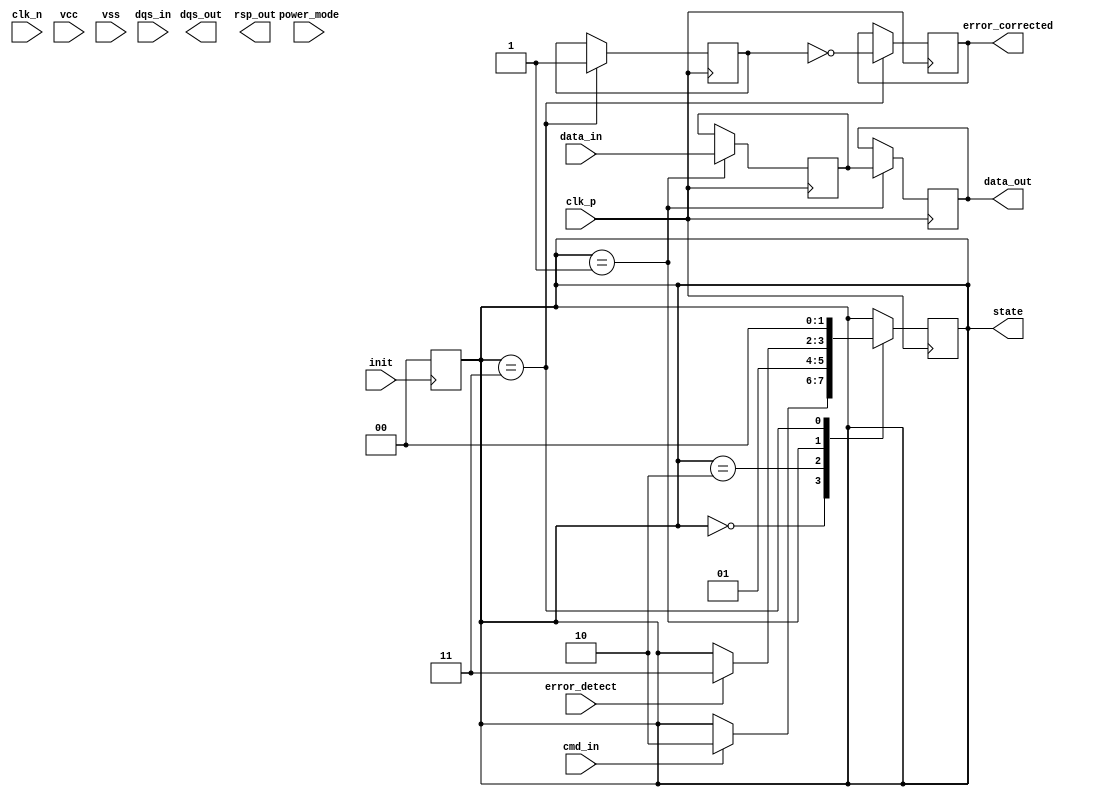
module ufs_io_block (
    input  wire [3:0] data_in,      // D0-D3 data input
    output wire [3:0] data_out,     // D0-D3 data output
    input  wire dqs_in,             // Data Strobe input
    output wire dqs_out,            // Data Strobe output
    input  wire cmd_in,             // Command input
    output wire rsp_out,            // Response output
    input  wire clk_p,              // Clock positive input
    input  wire clk_n,              // Clock negative input
    input  wire vcc,                // Power supply
    input  wire vss,                // Ground reference
    input  wire init,               // Initialization signal
    input  wire power_mode,         // Power management signal
    input  wire error_detect,       // Error detection signal
    output wire error_corrected,     // Error correction signal
    output reg [1:0] state          // State of the state machine
);

    // State definitions
    localparam IDLE              = 2'b00;
    localparam DATA_TRANSFER     = 2'b01;
    localparam CMD_PROCESSING    = 2'b10;
    localparam ERROR_HANDLING     = 2'b11;

    // Internal signals
    reg [3:0] data_buffer;
    reg error_flag;

    // Initialization process
    always @(posedge init) begin
        state <= IDLE;
        // Additional initialization logic
    end

    // State machine for operation control
    always @(posedge clk_p) begin
        case (state)
            IDLE: begin
                if (cmd_in) begin
                    state <= CMD_PROCESSING;
                end
            end
            CMD_PROCESSING: begin
                // Process command and set state accordingly
                // Placeholder for command processing logic
                state <= DATA_TRANSFER;
            end
            DATA_TRANSFER: begin
                // Data transfer logic
                data_buffer <= data_in; // Read data
                data_out <= data_buffer; // Output data
                if (error_detect) begin
                    state <= ERROR_HANDLING;
                end
            end
            ERROR_HANDLING: begin
                // Error handling logic
                error_flag <= 1; // Set error flag
                // Placeholder for error correction logic
                error_corrected <= ~error_flag; // Example correction
                state <= IDLE; // Return to idle state
            end
            default: state <= IDLE;
        endcase
    end

    // Power management logic (simplified)
    always @(posedge power_mode) begin
        if (power_mode == 1'b0) begin
            // Enter low power mode
        end else begin
            // Return to active mode
        end
    end

endmodule